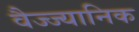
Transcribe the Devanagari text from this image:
वैज्ज्यानिक